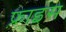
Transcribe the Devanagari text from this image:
फ़्राइस